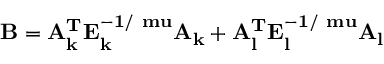
\mathrm { \bf B } = \mathrm { \bf A _ { k } ^ { T } } \mathrm { \bf E _ { k } ^ { - 1 / \ m u } } \mathrm { \bf A _ { k } } + \mathrm { \bf A _ { l } ^ { T } } \mathrm { \bf E _ { l } ^ { - 1 / \ m u } } \mathrm { \bf A _ { l } }